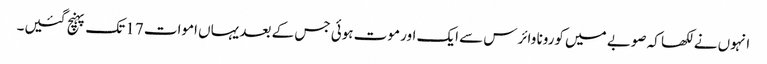
انہوں نے لکھا کہ صوبے میں کورونا وائرس سے ایک اور موت ہوئی جس کے بعد یہاں اموات 17 تک پہنچ گئیں۔